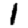
Digit: 1